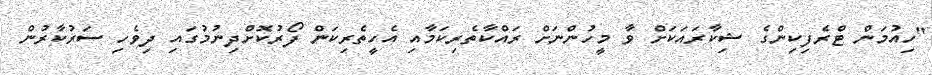
"ހިއުމަން ޓްރެފިކިންގެ ޝިކާރައަކަށް ވާ މީހުންނަށް ރައްކާތެރިކަމާއި އެހީތެރިކަން ފޯރުކޮށްދިނުމުގައި ދިވެހި ސަރުކާރުން